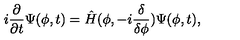
i \frac { \partial } { \partial t } \Psi ( \phi , t ) = \hat { H } ( \phi , - i \frac { \delta } { \delta \phi } ) \Psi ( \phi , t ) ,